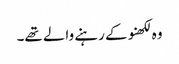
وہ لکھنو کے رہنے والے تھے۔